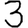
Digit: 3